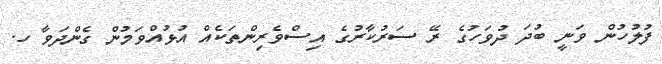
ފުލުހުން ވަނީ ބުދަ ދުވަހުގެ ރޭ ސަރުކާރުގެ އިސްވެރިންތަކެއް އުޅުއްވަމުން ގެންދަވާ ހ.